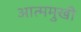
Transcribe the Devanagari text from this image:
आत्ममुखी